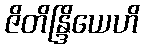
ဇိတိန္ဒြိယေဟိ